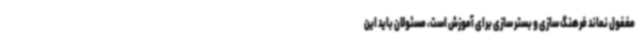
مغفول نماند فرهنگ سازی و بستر سازی برای آموزش است، مسئولان باید این